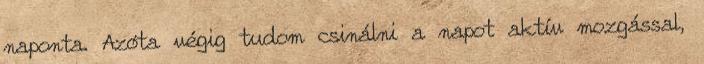
naponta. Azóta végig tudom csinálni a napot aktív mozgással,